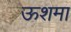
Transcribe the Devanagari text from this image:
ऊशमा